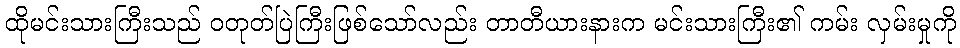
ထိုမင်းသားကြီးသည် ဝတုတ်ပြဲကြီးဖြစ်သော်လည်း တာတီယားနားက မင်းသားကြီး၏ ကမ်း လှမ်းမှုကို